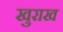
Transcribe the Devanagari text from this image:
खुराख